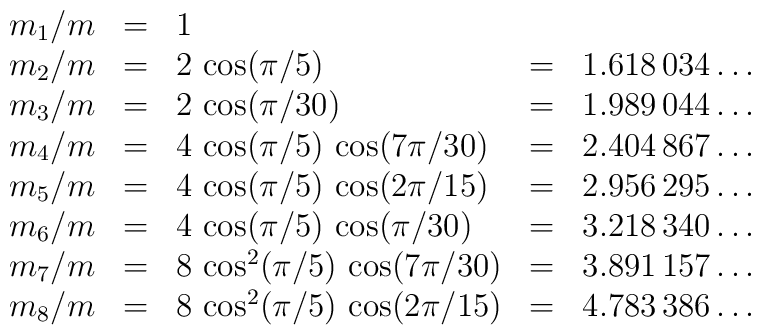
\begin{array}{rclcl}m_1/m & = & 1 & & \\*m_2/m & = & 2\,\cos(\pi/5) & = & 1.618\, 034\ldots \\*m_3/m & = & 2\,\cos(\pi/30) & = & 1.989\, 044\ldots \\*m_4/m & = & 4\,\cos(\pi/5)\,\cos(7\pi/30) & = & 2.404\, 867\ldots \\*m_5/m & = & 4\,\cos(\pi/5)\,\cos(2\pi/15) & = & 2.956\, 295\ldots \\*m_6/m & = & 4\,\cos(\pi/5)\,\cos(\pi/30) & = & 3.218\, 340\ldots \\*m_7/m & = & 8\,\cos^2(\pi/5)\,\cos(7\pi/30) & = & 3.891\, 157\ldots \\*m_8/m & = & 8\,\cos^2(\pi/5)\,\cos(2\pi/15) & = & 4.783\, 386\ldots\end{array}